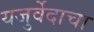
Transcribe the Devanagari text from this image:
यजुर्वेदाचा